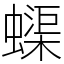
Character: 蟝